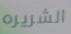
الشريره